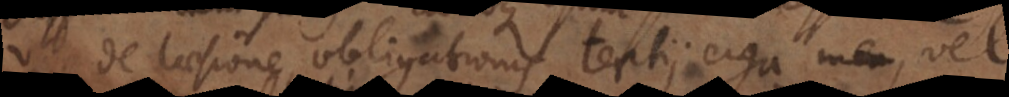
de laesione obligationis tertii erga me, v